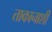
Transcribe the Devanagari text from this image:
ताकानाशी